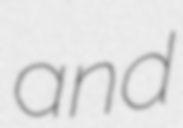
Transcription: and